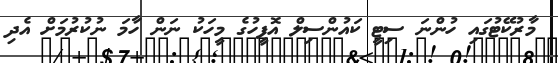
މާރުކޭޓުގައި ހުންނަ ސިޓީ ކައުންސިލް އޮފީހުގެ މީހަކު ނަން ހާމަ ނުކުރުމަށް އެދި